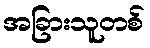
အခြားသူတစ်